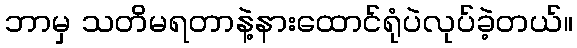
ဘာမှ သတိမရတာနဲ့နားထောင်ရုံပဲလုပ်ခဲ့တယ်။